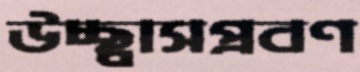
উচ্ছ্বাসপ্রবণ